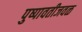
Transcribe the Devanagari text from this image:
पुष्पावतीजवळ